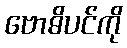
ဗောဓိပင်ကို